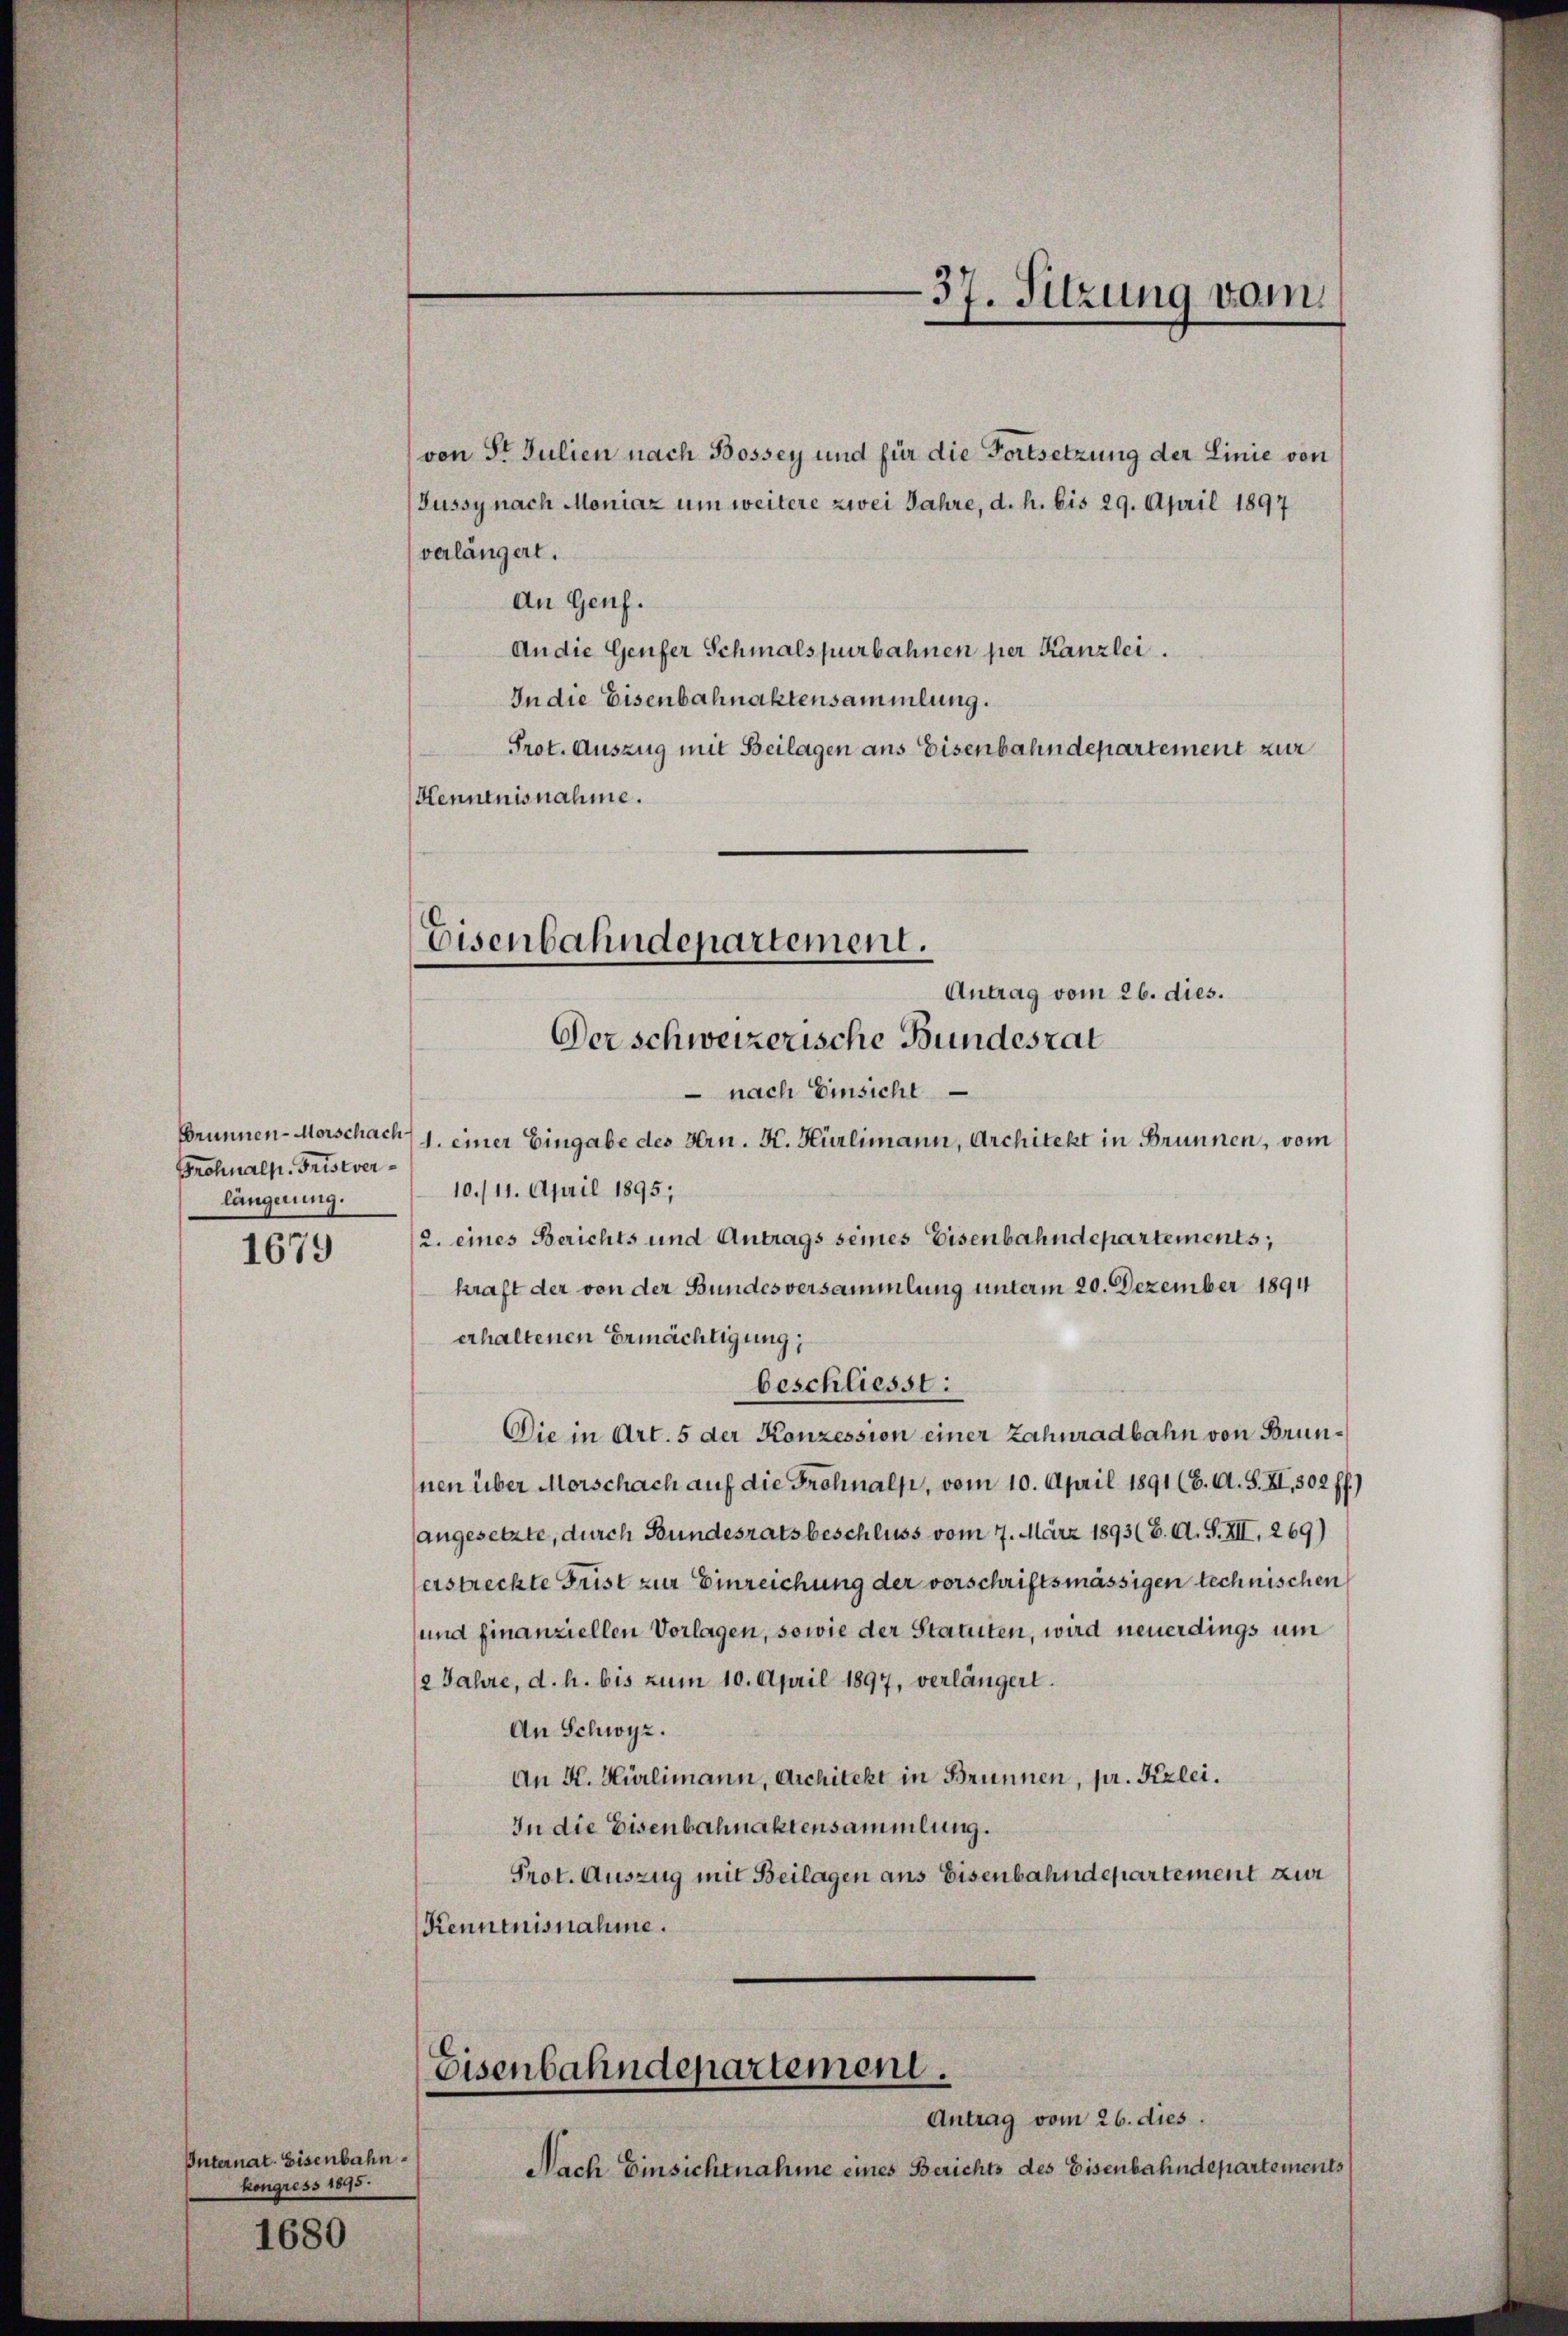
Brunnen-Morschach
Frohnalp. Fristverlängerung.

1679

Internat. Eisenbahn.
kongress 1845.

1680

von St. Julien nach Bossey und für die Fortsetzung der Linie von
Lussy nach Moniaz um weitere zwei Jahre, d. h. bis 29. April 1897
verlängert.
An Genf.
An die Genfer Schmalspurbahnen per Kanzlei.
In die Eisenbahnaktensammlung.
Prot. Auszug mit Beilagen ans Eisenbahndepartement zur
Henntnisnahme.

Eisenbahndepartement.
Der schweizerische Bundesrat

Antrag vom 26. dies.
 nach Einsicht
1. einer Eingabe des Hrn. K. Hürlimann, Architekt in Brunnen, vom
10./11. April 1895;
2. eines Berichts und Antrags seines Eisenbahndepartements;
kraft der von der Bundesversammlung unterm 20. Dezember 1894
erhaltenen Ermächtigung;
Die in Art. 5 der Konzession einer Zahnradbahn von Brunnen über Morschach auf die Frohnals, vom 10. April 1891 (6. A. S. XI, 302 ff.)
angesetzte, durch Bundesrats beschluss vom 7. März 1893 (6. A. S. XII. 269)
erstreckte Frist zur Einreichung der vorschriftsmässigen technischen
und finanziellen Vorlagen, sowie der Statuten, wird neuerdings um
2 Jahre, d. h. bis zum 10. April 1897, verlängert.
An Schwyz.
An K. Hürlimann, Architekt in Brunnen, pr. Fizlei.
In die Eisenbahnaktensammlung.
Prot. Auszug mit Beilagen aus Eisenbahndepartement zur
Kenntnisnahme.

beschliesst:

37. Sitzung vom

Eisenbahndepartement.
Antrag vom 26. dies.

Nach Einsichtnahme eines Berichts des Eisenbahndepartements